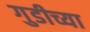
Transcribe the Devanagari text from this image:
गुडीच्या